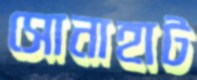
সোনাহাট